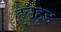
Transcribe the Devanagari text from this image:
हुडहुड